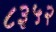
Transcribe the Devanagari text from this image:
८३५२